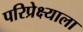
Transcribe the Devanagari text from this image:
परिप्रेक्ष्याला